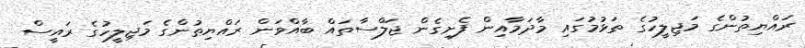
ރައްޔިތުންގެ މަޖިލީހުގެ ތަޅުމުގައި މާދަމާއިން ފެށިގެން ޖަލްސާތައް ބާއްވަން ރައްޔިތުންގެ މަޖިލީހުގެ ރައީސް